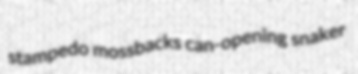
stampedo mossbacks can-opening snaker